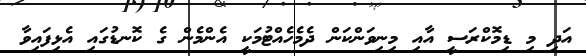
އަދި މި ޑިމޮކްރަސީ އާއި މިނިވަންކަން ދެމެހެއްޓުމަކީ އެންމެން ގެ ކޮނޑުގައި އެޅިފައިވާ